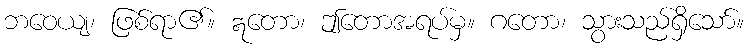
ဘဝေယျ၊ ဖြစ်ရာ၏။ ဣတော၊ ဤတောအရပ်မှ။ ဂတော၊ သွားသည်ရှိသော်။